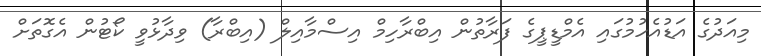
މިއަދުގެ އަޑުއެހުމުގައި އެމްޑީޕީގެ ފަރާތުން އިބްރާހިމް އިސްމާއިލް (އިބްރާ) ވިދާޅުވީ ކޯޓުން އެގޮތަށް